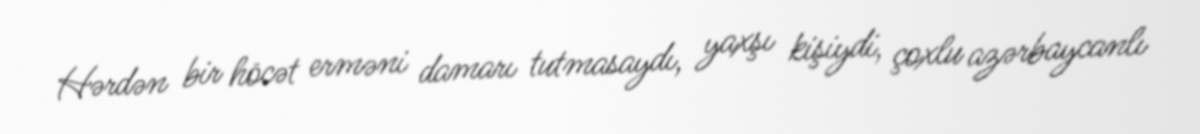
Hərdən bir höcət erməni damarı tutmasaydı, yaxşı kişiydi, çoxlu azərbaycanlı